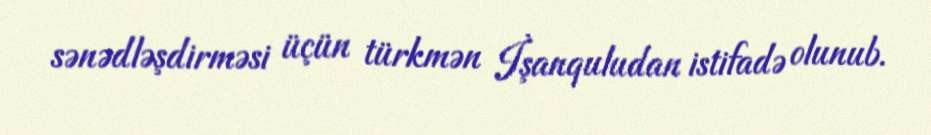
sənədləşdirməsi üçün türkmən İşanquludan istifadə olunub.